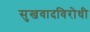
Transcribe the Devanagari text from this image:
सुखवादविरोधी